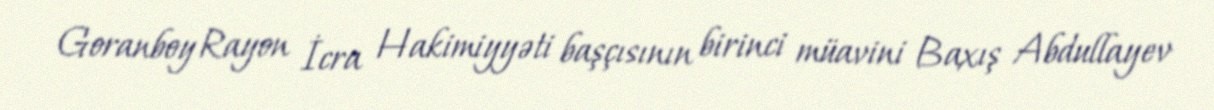
Goranboy Rayon İcra Hakimiyyəti başçısının birinci müavini Baxış Abdullayev